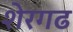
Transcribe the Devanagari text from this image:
शेरगढ